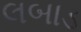
લબાડ